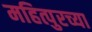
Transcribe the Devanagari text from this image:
महित्पुरच्या